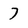
Character: 7